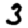
Digit: 3